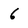
Character: 6